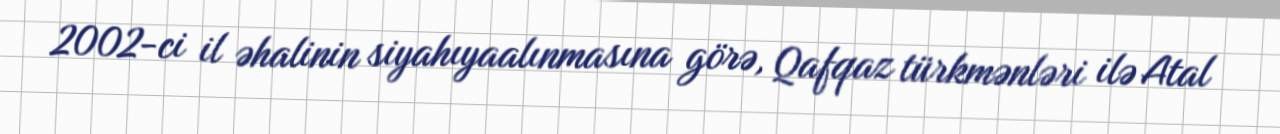
2002-ci il əhalinin siyahıyaalınmasına görə, Qafqaz türkmənləri ilə Atal